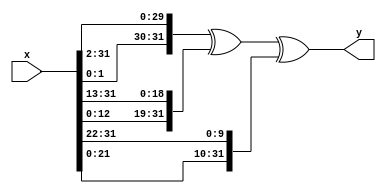
/*
*
* Copyright (c) 2011 fpgaminer@bitcoin-mining.com
*
*
*
* This program is free software: you can redistribute it and/or modify
* it under the terms of the GNU General Public License as published by
* the Free Software Foundation, either version 3 of the License, or
* (at your option) any later version.
*
* This program is distributed in the hope that it will be useful,
* but WITHOUT ANY WARRANTY; without even the implied warranty of
* MERCHANTABILITY or FITNESS FOR A PARTICULAR PURPOSE.  See the
* GNU General Public License for more details.
*
* You should have received a copy of the GNU General Public License
* along with this program.  If not, see <http://www.gnu.org/licenses/>.
* 
*/


`timescale 1ns/1ps

module e0 (x, y);

	input [31:0] x;
	output [31:0] y;

	assign y = {x[1:0],x[31:2]} ^ {x[12:0],x[31:13]} ^ {x[21:0],x[31:22]};

endmodule


module e1 (x, y);

	input [31:0] x;
	output [31:0] y;

	assign y = {x[5:0],x[31:6]} ^ {x[10:0],x[31:11]} ^ {x[24:0],x[31:25]};

endmodule


module ch (x, y, z, o);

	input [31:0] x, y, z;
	output [31:0] o;

	assign o = z ^ (x & (y ^ z));

endmodule


module maj (x, y, z, o);

	input [31:0] x, y, z;
	output [31:0] o;

	assign o = (x & y) | (z & (x | y));

endmodule


module s0 (x, y);

	input [31:0] x;
	output [31:0] y;

	assign y[31:29] = x[6:4] ^ x[17:15];
	assign y[28:0] = {x[3:0], x[31:7]} ^ {x[14:0],x[31:18]} ^ x[31:3];

endmodule


module s1 (x, y);

	input [31:0] x;
	output [31:0] y;

	assign y[31:22] = x[16:7] ^ x[18:9];
	assign y[21:0] = {x[6:0],x[31:17]} ^ {x[8:0],x[31:19]} ^ x[31:10];

endmodule